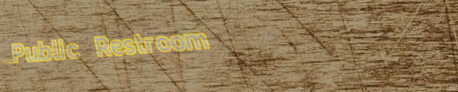
Public Restroom